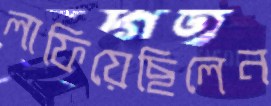
লাফিয়েছিলেন